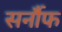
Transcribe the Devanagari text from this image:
सर्नौफ